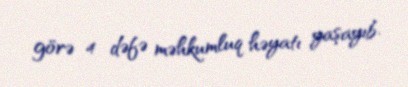
görə 4 dəfə məhkumluq həyatı yaşayıb.